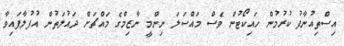
އިސްތިއުނާފު ކުރުމުން ހައިކޯޓުން ވެސް މައްސަލަ ނިންމީ ނާޒިމްގެ މައްޗަށް ދައުލަތުން އުފުލާފައިވާ